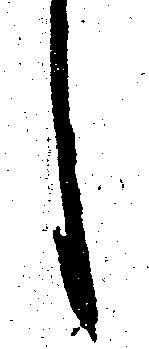
言